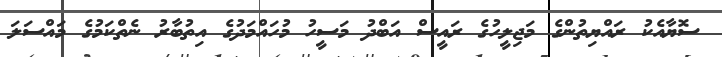
ސޮޔާއެކު ރައްޔިތުންގެ މަޖިލީހުގެ ރައީސް އަބްދު މަސީހު މުހައްމަދުގެ އިތުބާރު ނެތްކަމުގެ މައްސަލަ